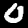
Digit: 0